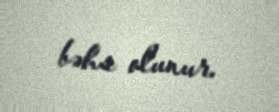
bəhs olunur.